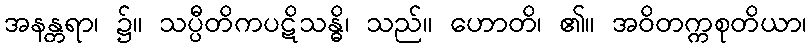
အနန္တရာ၊ ၌။ သပ္ပီတိကပဋိသန္ဓိ၊ သည်။ ဟောတိ၊ ၏။ အဝိတက္ကစုတိယာ၊